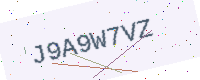
Text: J9A9W7VZ